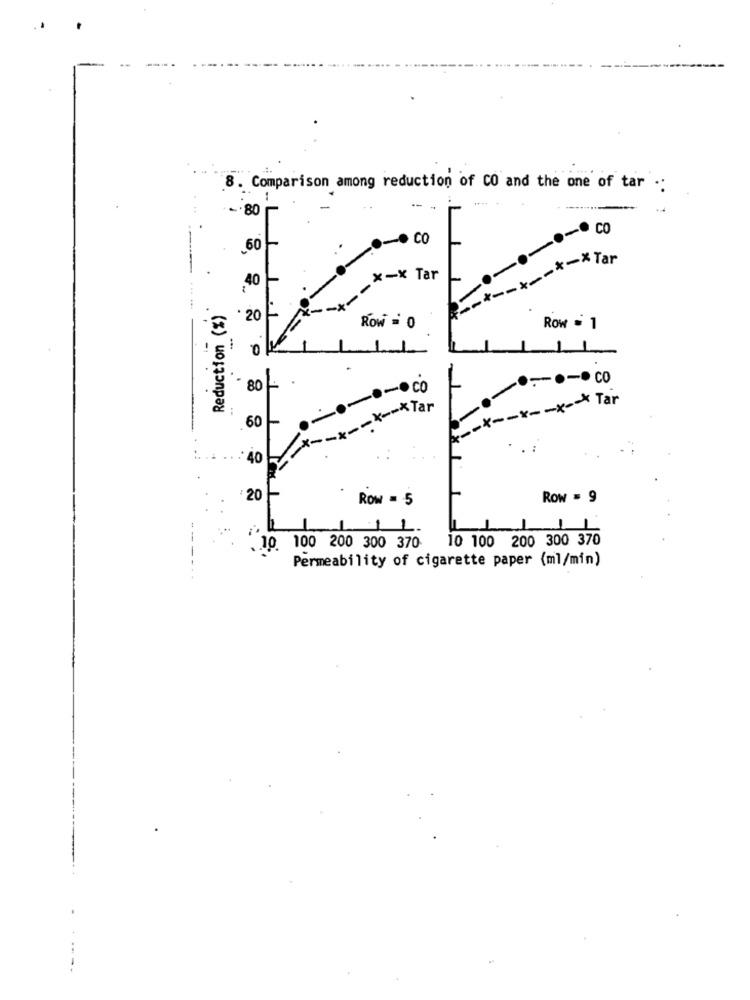
8.
8. 8
Comparison among reduction of CO and the one of tar .
--
-. 80
L
CO
60
------*-* Tar
40
Reduction (%)
· 20
Row = 0
Row = 1
····· CO
80
>x ----*-* Tar
*-*---- ×× Tar
60
40
20
Row = 5
Row = 9
11
10 100 200 300 370
.10. 100 200 300 370
Permeability of cigarette paper (ml/min)